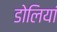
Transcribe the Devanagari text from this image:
डोलियां